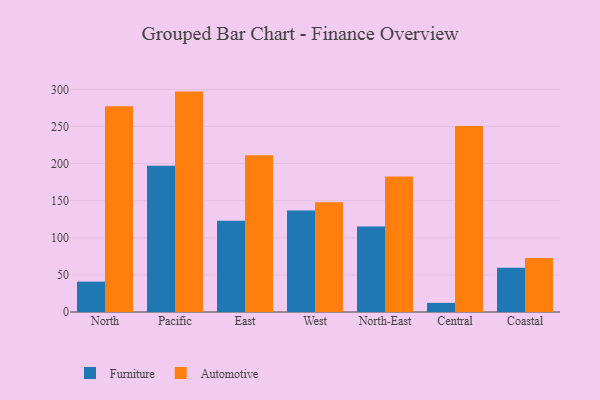
{"axis": {"x": "Region", "y": "Humidity (%)"}, "legend": ["Automotive", "Furniture"], "data": [{"x": "North", "y": 40.9, "type": "Furniture"}, {"x": "North", "y": 277.2, "type": "Automotive"}, {"x": "Pacific", "y": 197.1, "type": "Furniture"}, {"x": "Pacific", "y": 296.9, "type": "Automotive"}, {"x": "East", "y": 123.0, "type": "Furniture"}, {"x": "East", "y": 211.1, "type": "Automotive"}, {"x": "West", "y": 136.8, "type": "Furniture"}, {"x": "West", "y": 147.7, "type": "Automotive"}, {"x": "North-East", "y": 115.2, "type": "Furniture"}, {"x": "North-East", "y": 182.6, "type": "Automotive"}, {"x": "Central", "y": 12.3, "type": "Furniture"}, {"x": "Central", "y": 250.7, "type": "Automotive"}, {"x": "Coastal", "y": 59.6, "type": "Furniture"}, {"x": "Coastal", "y": 72.7, "type": "Automotive"}]}